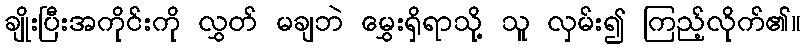
ချိုးပြီးအကိုင်းကို လွှတ် မချဘဲ မွှေးရှိရာသို့ သူ လှမ်း၍ ကြည့်လိုက်၏။